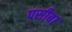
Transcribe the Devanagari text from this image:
पसीबा